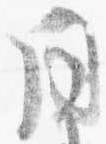
同